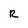
Character: R